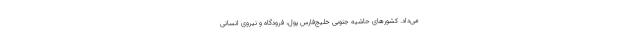
می‌داد. کشورهای حاشیه جنوبی خلیج‌فارس پول، فرودگاه و نیروی انسانی